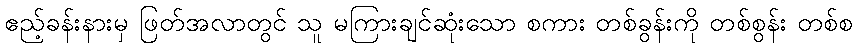
ဧည့်ခန်းနားမှ ဖြတ်အလာတွင် သူ မကြားချင်ဆုံးသော စကား တစ်ခွန်းကို တစ်စွန်း တစ်စ